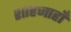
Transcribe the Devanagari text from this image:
शाहजाहाँ